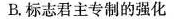
B.标志君主专制的强化